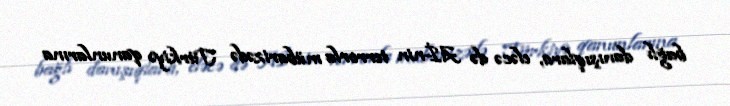
bağlı danışıqlara, eləcə də Aİ-nin terrorla mübarizədə Türkiyə qanunlarına